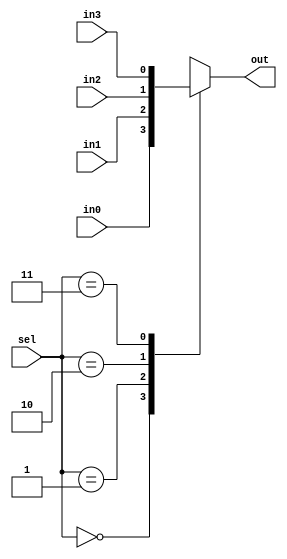
module mux4b #(parameter k=1 ) //bus width
(	
	input  [k-1:0] in3,in2,in1,in0,
	input [1:0] sel,
	output reg [k-1:0] out
);
	//multiplexer
	always@ (*)
		case(sel)
			2'b00: out=in0;
			2'b01: out=in1;
			2'b10: out=in2;
			2'b11: out=in3;
			default: out={k{1'bx}};
		endcase
endmodule